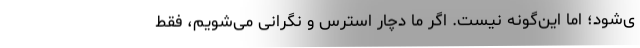
ی‌شود؛ اما این‌گونه نیست. اگر ما دچار استرس و نگرانی می‌شویم، فقط